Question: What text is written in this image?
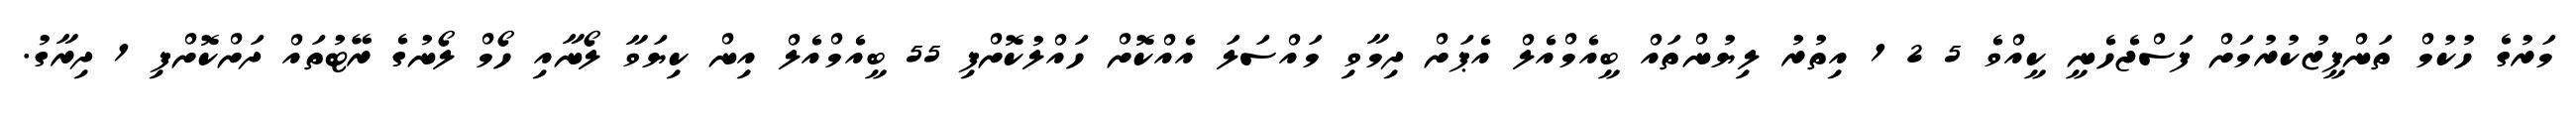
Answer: މަރުގެ ހުކުމް ތަންފީޒުކުރުމަށް ފަސްޖެހެނީ ކީއްވެ 5 2 1 އިތުރު ލިޔުންތައް ބީއެމްއެލް އެޕަށް ދިމާވި މައްސަލަ އެއްކޮށް ހައްލުކޮށްފި 55 ބީއެމްއެލް އިން ކިޔަވާ ލޯނާއި ހޯމް ލޯނުގެ ރޭޓުތައް ދަށްކޮށްފި 1 ދިރާގު.